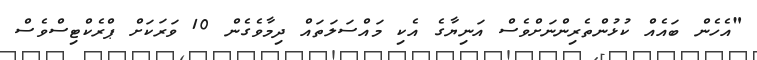
"އެހެން ބައެއް ކުޅުންތެރިންނަށްވެސް އަނިޔާގެ އެކި މައްސަލަތައް ދިމާވެގެން 10 ވަރަކަށް ޕްރެކްޓިސްވެސް